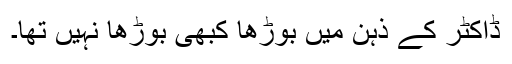
ڈاکٹر کے ذہن میں بوڑھا کبھی بوڑھا نہیں تھا۔